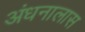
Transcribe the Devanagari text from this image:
अंधनालास